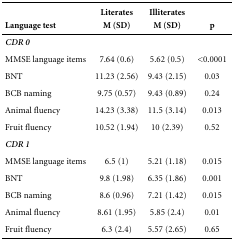
|  | Literates | Illiterates |  |
 | Language test | M (SD) | M (SD) | p |
 | --- | --- | --- | --- |
 | CDR 0 |  |  |  |
 | MMSE language items | 7.64 (0.6) | 5.62 (0.5) | <0.0001 |
 | BNT | 11.23 (2.56) | 9.43 (2.15) | 0.03 |
 | BCB naming | 9.75 (0.57) | 9.43 (0.89) | 0.24 |
 | Animal fluency | 14.23 (3.38) | 11.5 (3.14) | 0.013 |
 | Fruit fluency | 10.52 (1.94) | 10 (2.39) | 0.52 |
 | CDR 1 |  |  |  |
 | MMSE language items | 6.5 (1) | 5.21 (1.18) | 0.015 |
 | BNT | 9.8 (1.98) | 6.35 (1.86) | 0.001 |
 | BCB naming | 8.6 (0.96) | 7.21 (1.42) | 0.015 |
 | Animal fluency | 8.61 (1.95) | 5.85 (2.4) | 0.01 |
 | Fruit fluency | 6.3 (2.4) | 5.57 (2.65) | 0.65 |